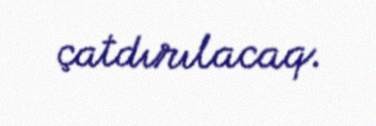
çatdırılacaq.